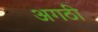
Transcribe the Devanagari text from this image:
अगठी